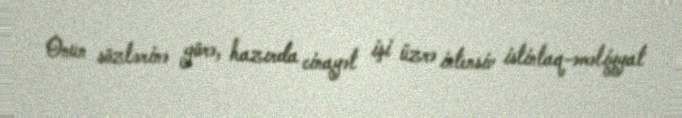
Onun sözlərinə görə, hazırda cinayət işi üzrə intensiv istintaq-əməliyyat